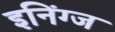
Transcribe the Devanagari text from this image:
इनिंग्ज